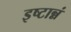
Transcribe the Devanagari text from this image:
इष्टान्नं